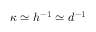
\kappa \simeq h ^ { - 1 } \simeq d ^ { - 1 }